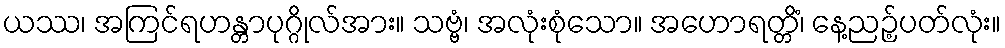
ယဿ၊ အကြင်ရဟန္တာပုဂ္ဂိုလ်အား။ သဗ္ဗံ၊ အလုံးစုံသော။ အဟောရတ္တိံ၊ နေ့ညဉ့်ပတ်လုံး။